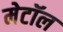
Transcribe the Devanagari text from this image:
मेटॉल